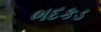
ભદકડ